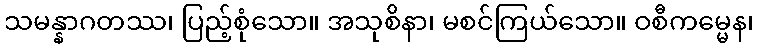
သမန္နာဂတဿ၊ ပြည့်စုံသော။ အသုစိနာ၊ မစင်ကြယ်သော။ ဝစီကမ္မေန၊